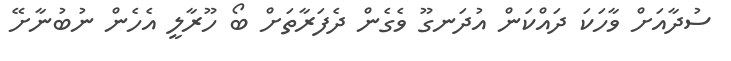
ސުދާއަށް ވާހަކަ ދައްކަން އުދަނގޫ ވެގެން ދެފަރާތަށް ބޯ ހޫރާލީ އެހެން ނުބުނާށޭ